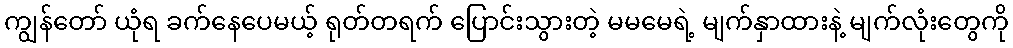
ကျွန်တော် ယုံရ ခက်နေပေမယ့် ရုတ်တရက် ပြောင်းသွားတဲ့ မမမေရဲ့ မျက်နှာထားနဲ့ မျက်လုံးတွေကို